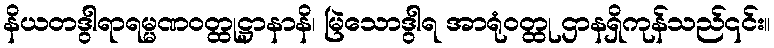
နိယတဒွါရာရမ္မဏဝတ္ထုဋ္ဌာနာနိ၊ မြဲသောဒွါရ အာရုံဝတ္ထု ဌာနရှိကုန်သည်၎င်း။